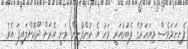
ފެށިނަމަވެސް މިއަހަރުގެ ފެބުރުއަރީ މަހު އެ ކުންފުނިން ވަނީ އެރަށް ދޫކޮށްލައިފަ އެވެ.